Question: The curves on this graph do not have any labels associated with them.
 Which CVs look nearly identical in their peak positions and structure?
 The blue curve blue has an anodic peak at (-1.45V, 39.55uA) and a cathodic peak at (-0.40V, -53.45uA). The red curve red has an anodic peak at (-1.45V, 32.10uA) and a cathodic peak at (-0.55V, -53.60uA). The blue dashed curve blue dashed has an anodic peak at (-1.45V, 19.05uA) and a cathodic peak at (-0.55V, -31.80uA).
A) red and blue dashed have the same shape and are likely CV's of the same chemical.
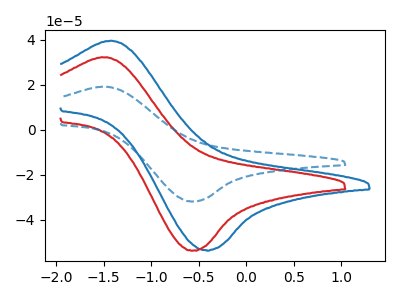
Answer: <think>"blue" and "red" have at least one peak that do not match. "blue" and "blue dashed" have at least one peak that do not match. All the peaks in "red" have a peak in "blue dashed" at the same potential. Every peak in "red" is higher than every peak in "blue dashed".
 </think>
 <answer>A) "red" and "blue dashed" have the same shape and are likely CV's of the same chemical.</answer>
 <eval>A</eval>